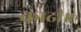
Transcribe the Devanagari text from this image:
काढी॥